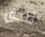
نلحق